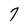
Character: 7